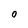
Character: 0